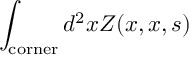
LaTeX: \int _ { \mathrm { c o r n e r } } d ^ { 2 } x Z ( x , x , s )